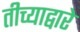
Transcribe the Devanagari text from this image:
तीच्याद्वारे